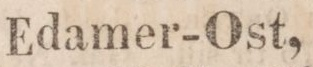
Edamer-Ost,